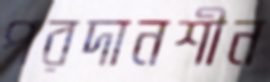
পরদানশীন